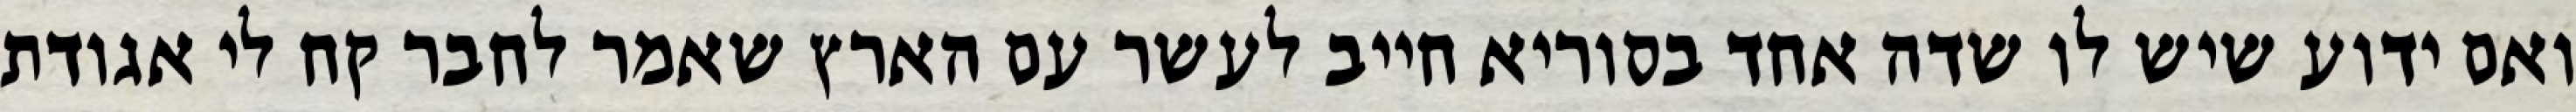
ואם ידוע שיש לו שדה אחד בסוריא חייב לעשר עם הארץ שאמר לחבר קח לי אגודת